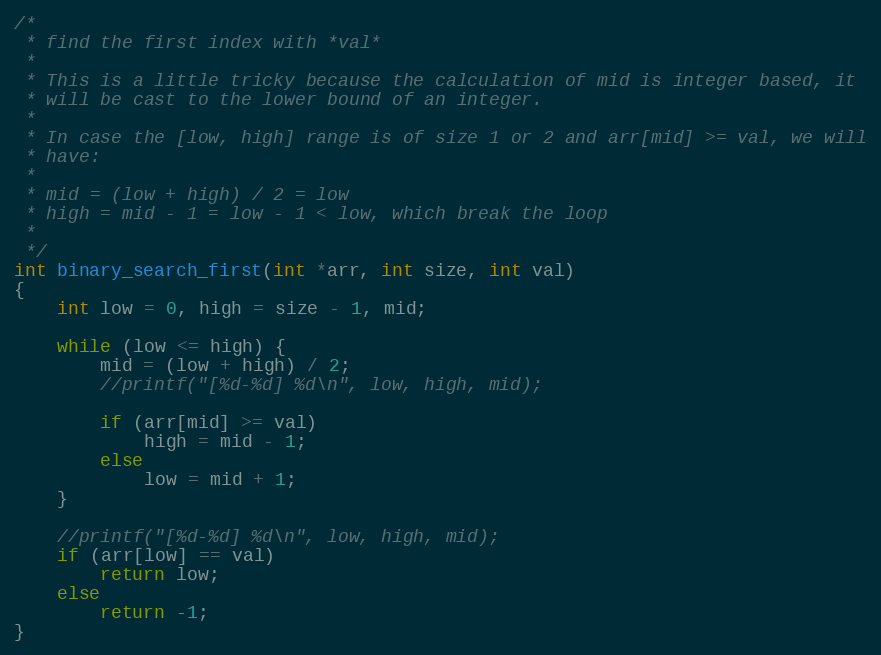
Language: C
/*
 * find the first index with *val*
 *
 * This is a little tricky because the calculation of mid is integer based, it
 * will be cast to the lower bound of an integer.
 *
 * In case the [low, high] range is of size 1 or 2 and arr[mid] >= val, we will
 * have:
 *
 * mid = (low + high) / 2 = low
 * high = mid - 1 = low - 1 < low, which break the loop
 *
 */
int binary_search_first(int *arr, int size, int val)
{
	int low = 0, high = size - 1, mid;

	while (low <= high) {
		mid = (low + high) / 2;
		//printf("[%d-%d] %d\n", low, high, mid);

		if (arr[mid] >= val)
			high = mid - 1;
		else
			low = mid + 1;
	}

	//printf("[%d-%d] %d\n", low, high, mid);
	if (arr[low] == val)
		return low;
	else
		return -1;
}